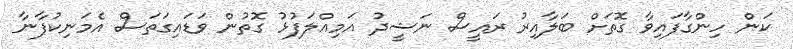
ކަން ހިންގާފައިވާ ގޮތަށް ބަލާއިރު ރައީސް ނަޝީދު އަމިއްލަފުޅު ގޮތުން ވަޑައިގަތަސް އެމަނިކުފާނާ